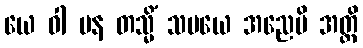
ယေ ဝါ ပန တသ္မိံ သမယေ အညေပိ အတ္ထိ